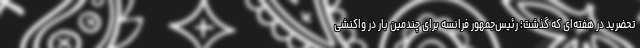
تحضرید در هفته‌ای که گذشت؛ رئیس‌جمهور فرانسه برای چندمین بار در واکنشی